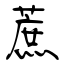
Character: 蔗